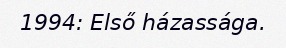
1994: Első házassága.